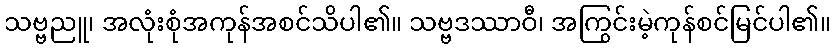
သဗ္ဗညူ၊ အလုံးစုံအကုန်အစင်သိပါ၏။ သဗ္ဗဒဿာဝီ၊ အကြွင်းမဲ့ကုန်စင်မြင်ပါ၏။